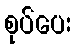
စုပ်ပေး